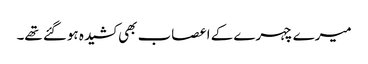
میرے چہرے کے اعصاب بھی کشیدہ ہوگئے تھے۔